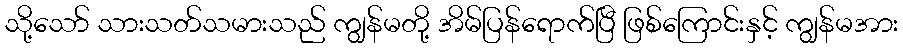
သို့သော် သားသတ်သမားသည် ကျွန်မတို့ အိမ်ပြန်ရောက်ပြီ ဖြစ်ကြောင်းနှင့် ကျွန်မအား